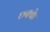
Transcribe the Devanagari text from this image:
छ्क्के